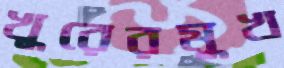
খুরেরমুখ